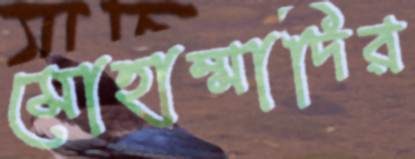
মোহাম্মাদির